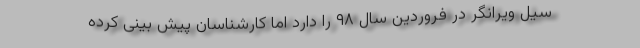
سیل ویرانگر در فروردین سال ۹۸ را دارد اما کارشناسان پیش بینی کرده